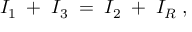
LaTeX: I _ { 1 } \; + \; I _ { 3 } \; = \; I _ { 2 } \; + \; I _ { R } \; ,